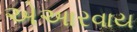
એઆરવાય